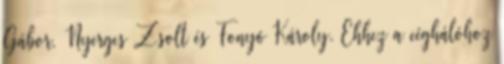
Gábor, Nyerges Zsolt és Fonyó Károly. Ehhez a céghálóhoz